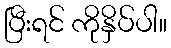
ပြီးရင် ကိုနှိပ်ပါ။